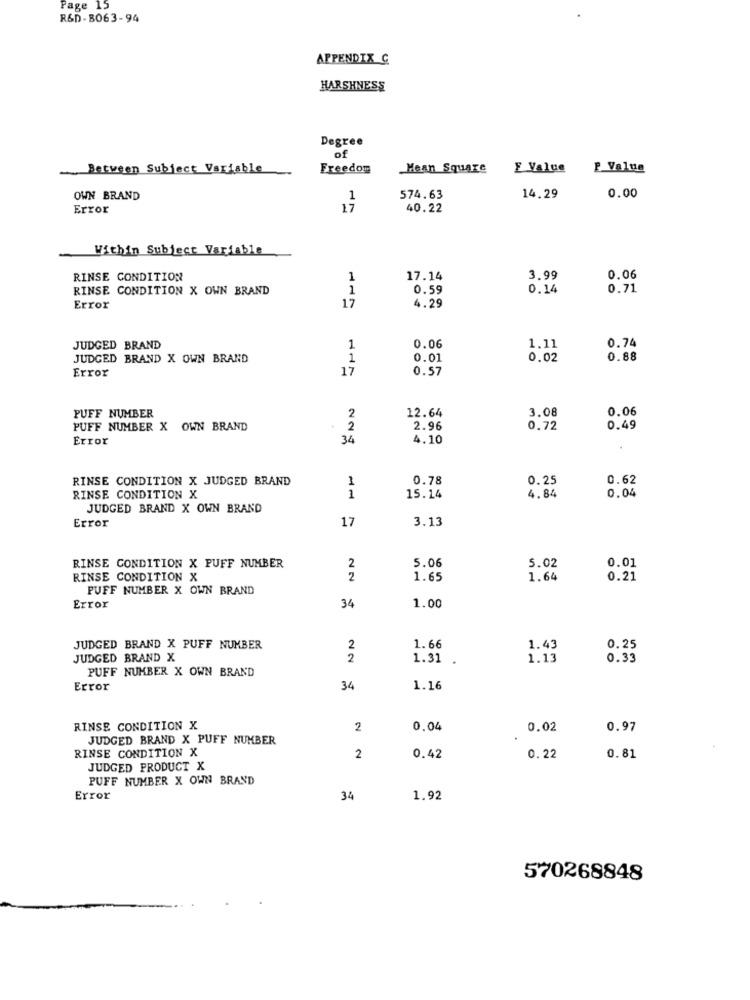
Page 15
R&D-8063-94
APPENDIX C
HARSHNESS
Degree
of
Between Subject Variable
Freedom
Mean Square
Value
P Value
OWN BRAND
1
574.63
14.29
0.00
Error
17
40.22
Within Subject Variable
RINSE CONDITION
1
17.14
3.99
0.06
RINSE CONDITION X OWN BRAND
1
0.59
0.14
0.71
17
4.29
Error
JUDGED BRAND
1
0.06
1.11
0.74
JUDGED BRAND X OWN BRAND
1
0.01
0.02
0.88
Error
17
0.57
12.64
3.08
0.06
PUFF NUMBER
2
PUFF NUMBER X OWN BRAND
2
2.96
0.72
0.49
Error
34
4.10
RINSE CONDITION X JUDGED BRAND
1
0.78
0.25
0.62
RINSE CONDITION X
1
15.14
4.84
0.04
JUDGED BRAND X OWN BRAND
Error
17
3.13
5.02
RINSE CONDITION X PUFF NUMBER
2
5.06
0.01
RINSE CONDITION X
2
1.65
1.64
0.21
PUFF NUMBER X OWN BRAND
Error
34
1.00
JUDGED BRAND X PUFF NUMBER
2
1.66
1.43
0.25
JUDGED BRAND X
2
1.31
1.13
0.33
PUFF NUMBER X OWN BRAND
Error
34
1.16
RINSE CONDITION X
2
0.04
0.02
0.97
JUDGED BRAND X PUFF NUMBER
RINSE CONDITION X
2
0.42
0.22
0.81
JUDGED PRODUCT X
PUFF NUMBER X OWN BRAND
Error
34
1.92
570268848